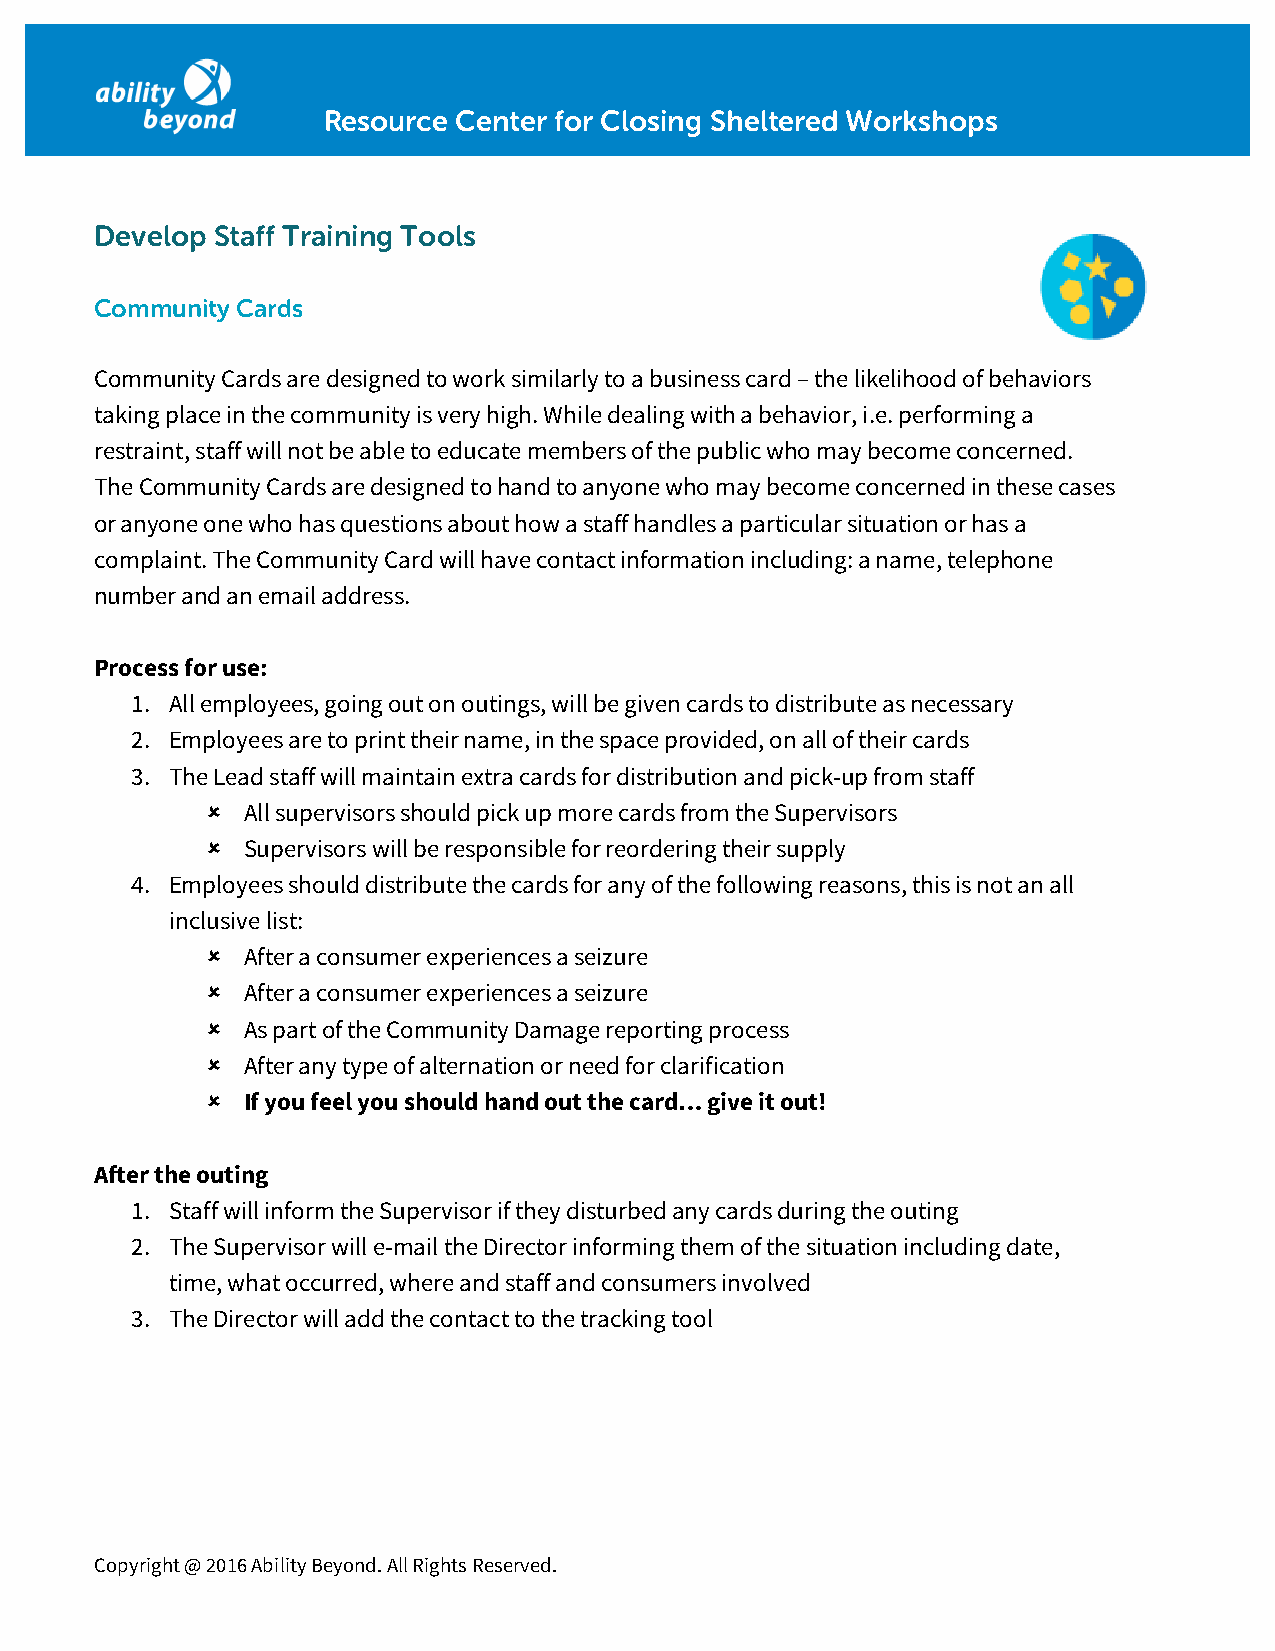
Resource Center for Closing Sheltered Workshops
 Develop Staff Training Tools
 Community Cards
 Community Cards are designed to work similarly to a business card – the likelihood of behaviors
 taking place in the community is very high. While dealing with a behavior, i.e. performing a
 restraint, staff will not be able to educate members of the public who may become concerned.
 The Community Cards are designed to hand to anyone who may become concerned in these cases
 or anyone one who has questions about how a staff handles a particular situation or has a
 complaint. The Community Card will have contact information including: a name, telephone
 number and an email address.
 Process for use:
 1. All employees, going out on outings, will be given cards to distribute as necessary
 2. Employees are to print their name, in the space provided, on all of their cards
 3. The Lead staff will maintain extra cards for distribution and pick-up from staff
  All supervisors should pick up more cards from the Supervisors
  Supervisors will be responsible for reordering their supply
 4. Employees should distribute the cards for any of the following reasons, this is not an all
 inclusive list:
  After a consumer experiences a seizure
  After a consumer experiences a seizure
  As part of the Community Damage reporting process
  After any type of alternation or need for clarification
  If you feel you should hand out the card… give it out!
 After the outing
 1. Staff will inform the Supervisor if they disturbed any cards during the outing
 2. The Supervisor will e-mail the Director informing them of the situation including date,
 time, what occurred, where and staff and consumers involved
 3. The Director will add the contact to the tracking tool
 Copyright @ 2016 Ability Beyond. All Rights Reserved.